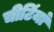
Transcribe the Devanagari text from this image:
चीटिंयां